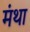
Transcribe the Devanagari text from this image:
मंथा